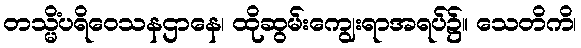
တသ္မိံပရိဝေသနဌာနေ၊ ထိုဆွမ်းကျွေးရာအရပ်၌။ သေတိကိ၊